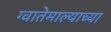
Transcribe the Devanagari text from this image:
ग्वातेमाल्याच्या